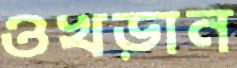
ওখড়ান